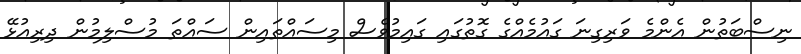
ނިސްބަތުން އެންމެ ވަރިގިނަ ގައުމެއްގެ ގޮތުގައި ގައިމުވެސް މިސައްތައިން ސައްތަ މުސްލިމުން ދިރިއުޅޭ